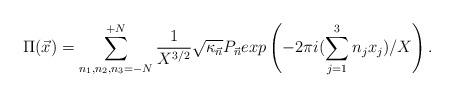
LaTeX: \begin{align*}\Pi({\vec x}) = \sum_{n_1,n_2,n_3=-N}^{+N} \frac{1}{X^{3/2}}{\sqrt{\kappa_{\vec{n}}}} P_{\vec{n}} exp\left(-2\pi i(\sum_{j=1}^{3} n_j x_j)/X \right).\end{align*}